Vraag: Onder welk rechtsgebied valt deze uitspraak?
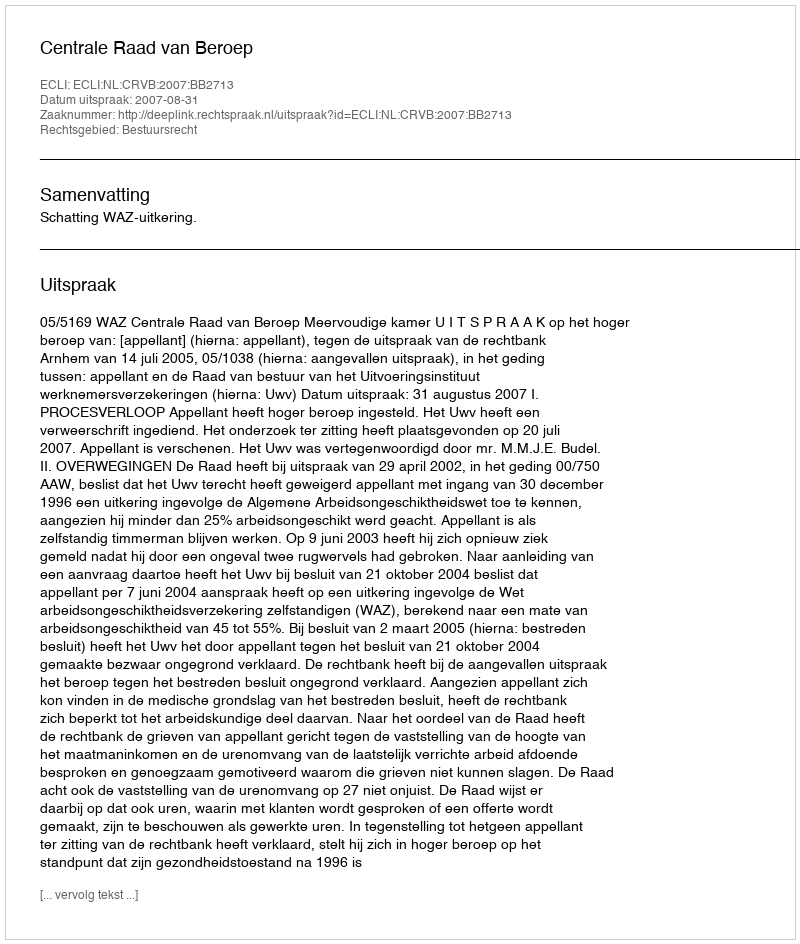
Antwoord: Bestuursrecht